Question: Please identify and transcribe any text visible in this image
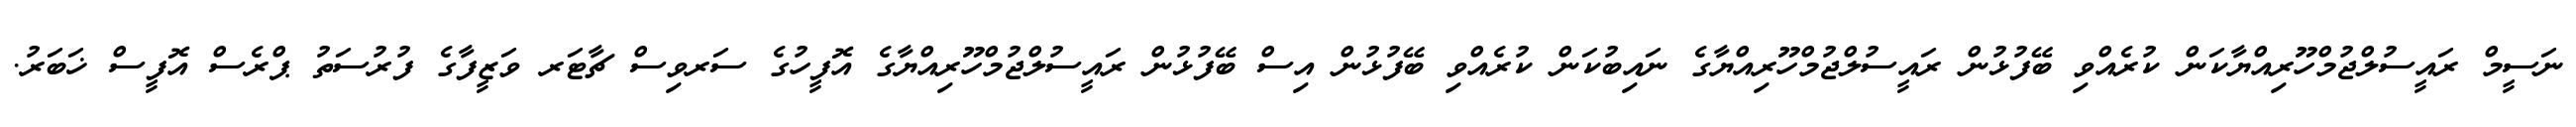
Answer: ނަސީމް ރައީސުލްޖުމްހޫރިއްޔާކަން ކުރެއްވި ބޭފުޅުން ރައީސުލްޖުމްހޫރިއްޔާގެ ނައިބުކަން ކުރެއްވި ބޭފުޅުން އިސް ބޭފުޅުން ރައީސުލްޖުމްހޫރިއްޔާގެ އޮފީހުގެ ސަރވިސް ޗާޓަރ ވަޒީފާގެ ފުރުސަތު ޕްރެސް އޮފީސް ޚަބަރު.